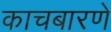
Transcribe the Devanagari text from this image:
काचबारणे